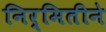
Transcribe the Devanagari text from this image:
निर्मितीने